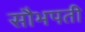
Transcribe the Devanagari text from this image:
सौभपती